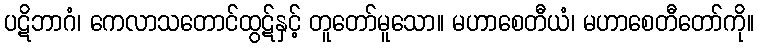
ပဋိဘာဂံ၊ ကေလာသတောင်ထွဋ်နှင့် တူတော်မူသော။ မဟာစေတီယံ၊ မဟာစေတီတော်ကို။